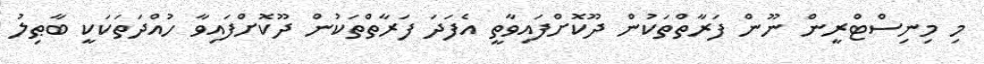
މި މިނިސްޓްރީން ނޫން ފަރާތްތަކުން ދޫކޮށްފައިވާތީ އެފަދަ ފަރާތްތަކުން ދޫކޮށްފައިވާ ހުއްދަތަކަކީ ބާޠިލު